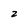
Character: 2